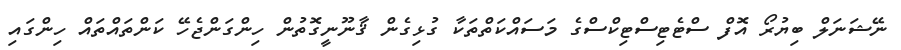
ނޭޝަނަލް ބިޔުރޯ އޮފް ސްޓެޓިސްޓިކްސްގެ މަސައްކަތްތަކާ ގުޅިގެން ޤާނޫނީގޮތުން ހިންގަންޖެހޭ ކަންތައްތައް ހިންގައި